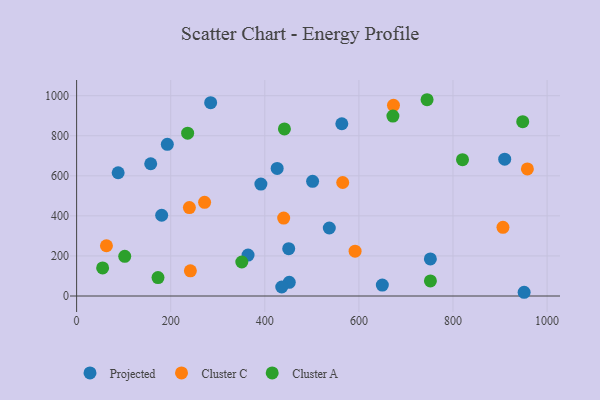
{"axis": {"x": "Ad Spend", "y": "Salary"}, "legend": ["Cluster A", "Cluster C", "Projected"], "data": [{"x": "180.8", "y": 403.2, "type": "Projected"}, {"x": "157.5", "y": 660.2, "type": "Projected"}, {"x": "284.9", "y": 965.3, "type": "Projected"}, {"x": "364.4", "y": 204.1, "type": "Projected"}, {"x": "192.8", "y": 757.3, "type": "Projected"}, {"x": "391.7", "y": 558.6, "type": "Projected"}, {"x": "563.7", "y": 860.1, "type": "Projected"}, {"x": "452.0", "y": 68.2, "type": "Projected"}, {"x": "537.1", "y": 339.4, "type": "Projected"}, {"x": "450.8", "y": 236.3, "type": "Projected"}, {"x": "909.9", "y": 683.2, "type": "Projected"}, {"x": "951.2", "y": 18.6, "type": "Projected"}, {"x": "426.3", "y": 637.0, "type": "Projected"}, {"x": "501.6", "y": 572.5, "type": "Projected"}, {"x": "751.9", "y": 185.0, "type": "Projected"}, {"x": "436.0", "y": 45.0, "type": "Projected"}, {"x": "88.3", "y": 615.5, "type": "Projected"}, {"x": "649.8", "y": 54.6, "type": "Projected"}, {"x": "673.5", "y": 952.2, "type": "Cluster C"}, {"x": "591.9", "y": 223.6, "type": "Cluster C"}, {"x": "440.1", "y": 389.2, "type": "Cluster C"}, {"x": "63.4", "y": 251.0, "type": "Cluster C"}, {"x": "241.8", "y": 125.6, "type": "Cluster C"}, {"x": "272.0", "y": 467.7, "type": "Cluster C"}, {"x": "906.2", "y": 342.8, "type": "Cluster C"}, {"x": "239.7", "y": 441.5, "type": "Cluster C"}, {"x": "958.1", "y": 634.6, "type": "Cluster C"}, {"x": "565.6", "y": 566.7, "type": "Cluster C"}, {"x": "752.0", "y": 75.2, "type": "Cluster A"}, {"x": "948.2", "y": 870.3, "type": "Cluster A"}, {"x": "236.0", "y": 812.8, "type": "Cluster A"}, {"x": "744.9", "y": 980.0, "type": "Cluster A"}, {"x": "173.0", "y": 91.9, "type": "Cluster A"}, {"x": "55.3", "y": 140.0, "type": "Cluster A"}, {"x": "102.3", "y": 198.0, "type": "Cluster A"}, {"x": "672.3", "y": 898.6, "type": "Cluster A"}, {"x": "441.7", "y": 834.3, "type": "Cluster A"}, {"x": "351.1", "y": 169.7, "type": "Cluster A"}, {"x": "820.2", "y": 680.8, "type": "Cluster A"}]}